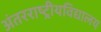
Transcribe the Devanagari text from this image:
अंतरराष्ट्रीयविद्यालय